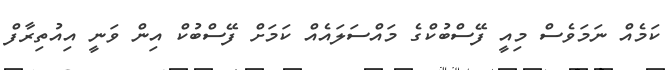
ކަމެއް ނަމަވެސް މިއީ ފޭސްބުކްގެ މައްސަލައެއް ކަމަށް ފޭސްބުކް އިން ވަނީ އިއުތިރާފް